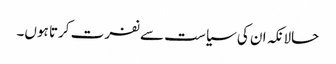
حالانکہ ان کی سیاست سے نفرت کرتا ہوں۔